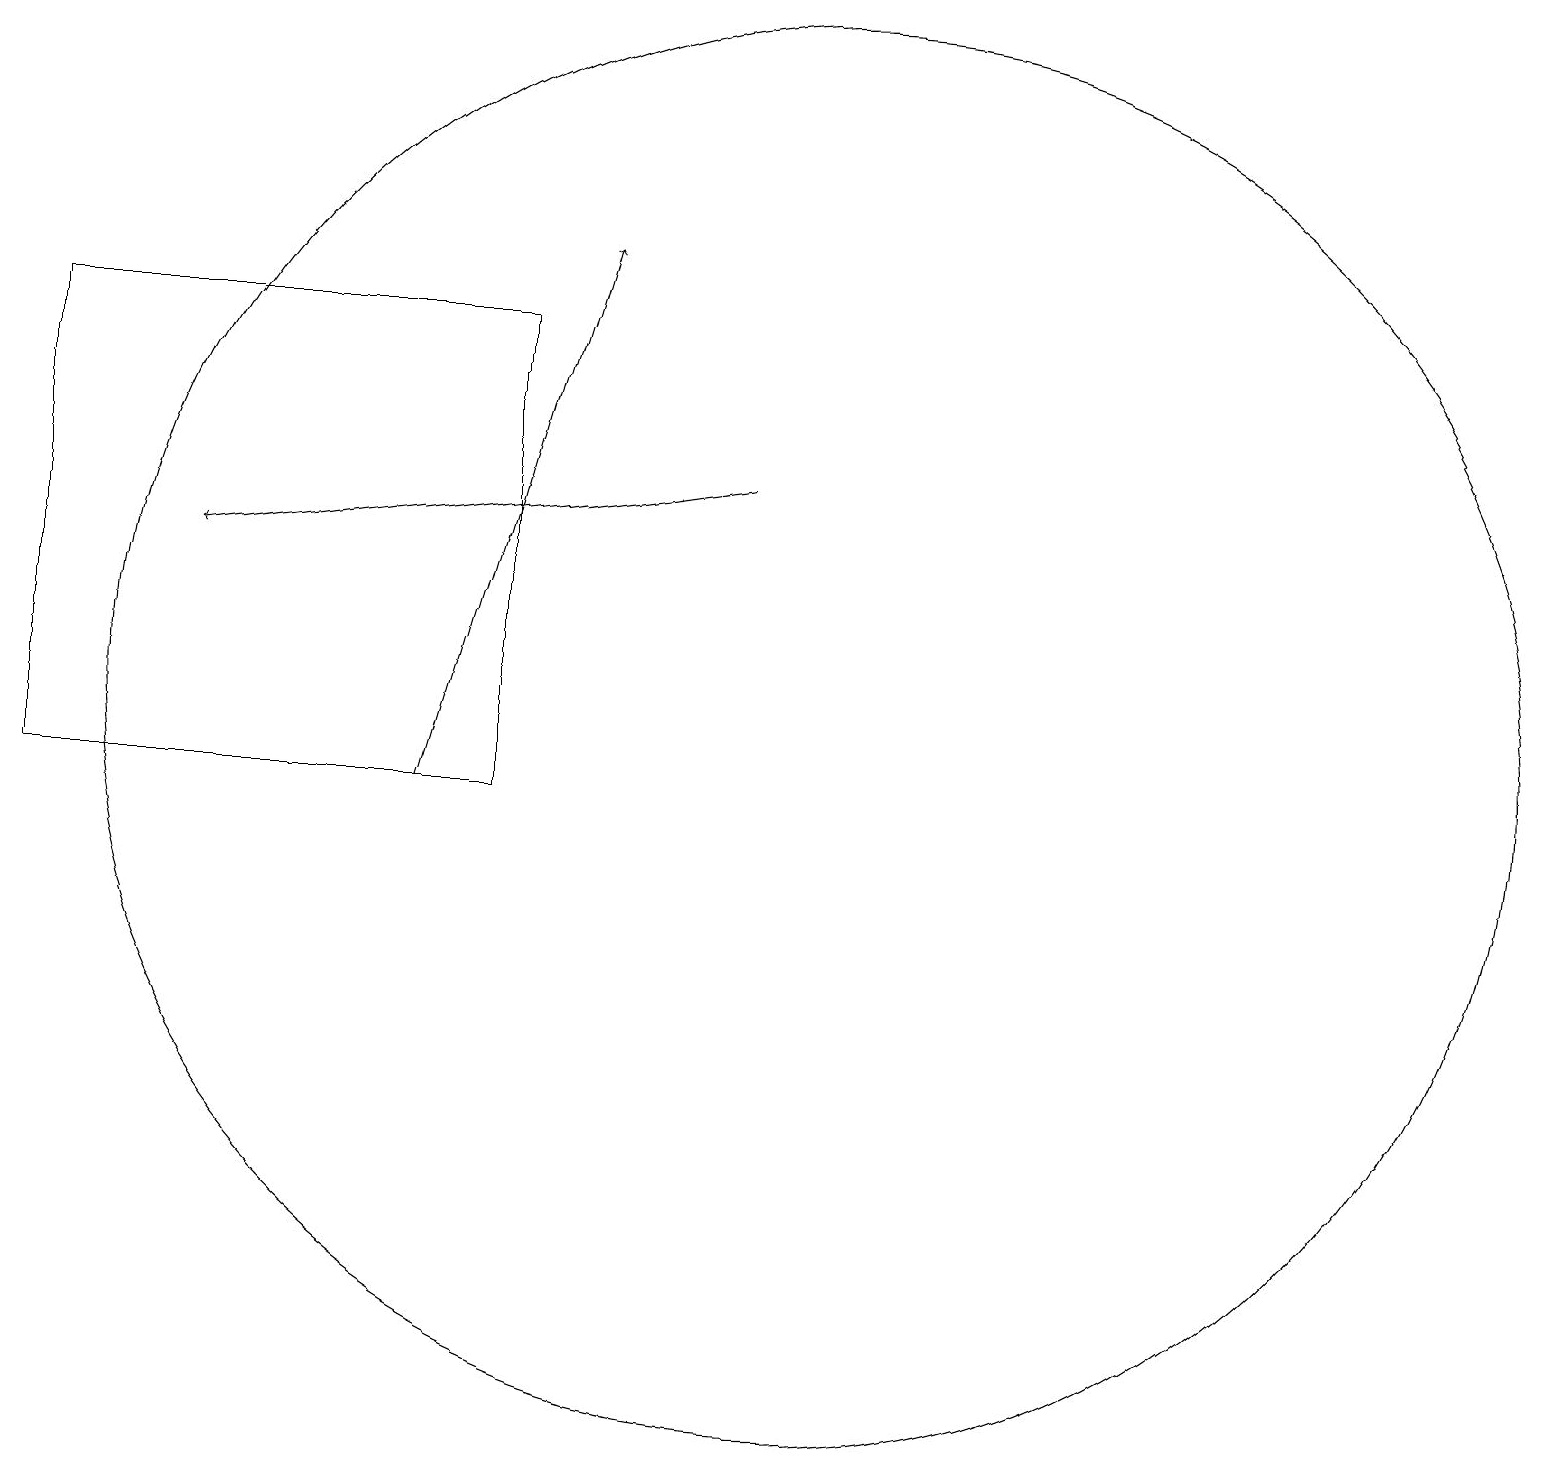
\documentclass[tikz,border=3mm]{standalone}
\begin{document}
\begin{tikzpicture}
\draw (10,11) circle (9);
\draw[->] (5,10) -- (7,17);
\draw[->] (9,14) -- (2,13);
\draw (6,16) rectangle (0,10);
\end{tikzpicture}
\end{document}